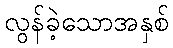
လွန်ခဲ့သောအနှစ်